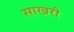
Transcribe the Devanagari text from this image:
साखरी